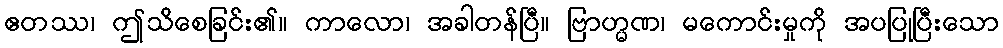
ဧတဿ၊ ဤသိစေခြင်း၏။ ကာလော၊ အခါတန်ပြီ။ ဗြာဟ္မဏ၊ မကောင်းမှုကို အပပြုပြီးသော